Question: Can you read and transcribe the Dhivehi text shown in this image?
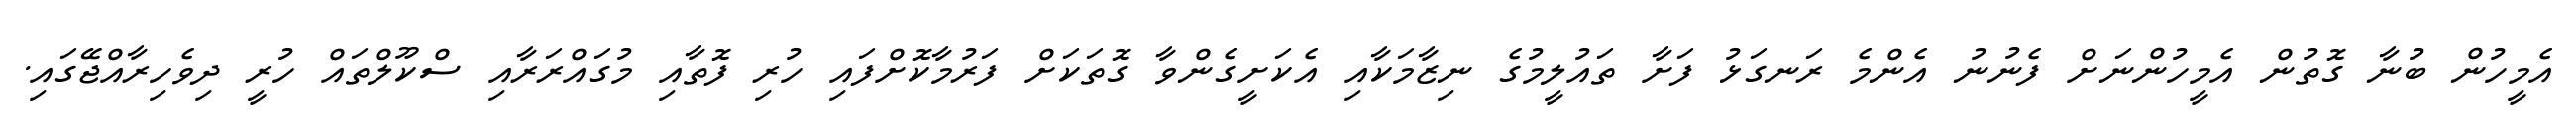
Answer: އެމީހުން ބުނާ ގޮތުން އެމީހުންނަށް ފެނުނު އެންމެ ރަނގަޅު ފަށާ ތައުލީމުގެ ނިޒާމަކާއި އެކަށީގެންވާ ގޮތަކަށް ފަރުމާކޮށްފައި ހުރި ފޮތާއި މުގައްރަރާއި ސްކޫލްތައް ހުރީ ދިވެހިރާއްޖޭގައި.